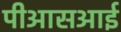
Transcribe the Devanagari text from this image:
पीआसआई